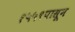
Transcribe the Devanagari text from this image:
१५५९पासून